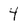
Character: 4